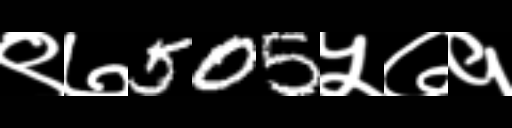
Text: ९७505५७१